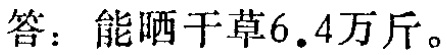
答：能晒干草6.4万斤。